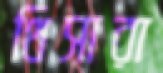
থিসারা